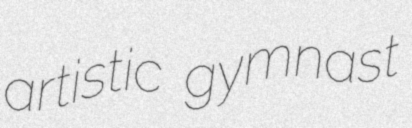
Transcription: artistic gymnast